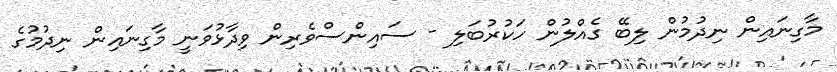
މާގިނައިން ނިދުމުން ލިބޭ ގެއްލުން ހަކުރުބަލި - ސައިންސްވެރިން ވިދާޅުވަނީ މާގިނައިން ނިދުމުގެ